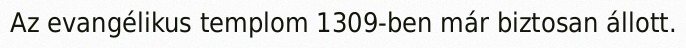
Az evangélikus templom 1309-ben már biztosan állott.